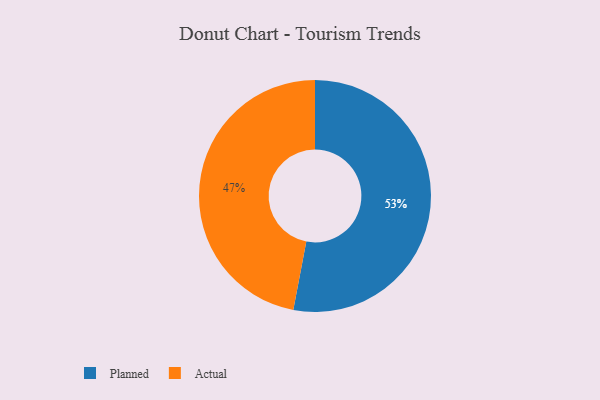
{"axis": {"x": "Category", "y": "Percentage"}, "legend": ["Actual", "Planned"], "data": [{"x": "Planned", "y": 53, "type": "Planned"}, {"x": "Actual", "y": 47, "type": "Actual"}]}